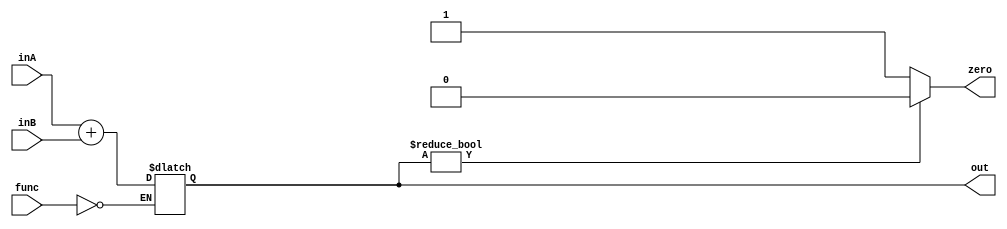
module ALU(inA, inB, func, out, zero);

	parameter WORD = 32;
	
    input wire [WORD - 1:0] inA;
    input wire [WORD - 1:0] inB;
    
    input wire [2:0] func;

    output wire zero;
    output reg [WORD - 1:0] out;


    always @* begin
        case(func)
	    6'b000: out <= inA + inB;
            //implement other operation here.
        endcase
    end

    assign zero = out ? 1'b0 : 1'b1;

endmodule